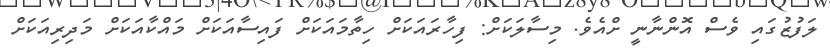
ލަފުޒުގައި ވެސް އޮންނާނީ ށްއެވެ. މިސާލަކަށް: ފިހާރައަކަށް ހިތާމައަކަށް ފައިސާއަކަށް މައްކާއަކަށް މަދިރިއަކަށް